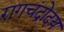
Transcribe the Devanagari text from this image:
रागचंद्रोदय